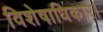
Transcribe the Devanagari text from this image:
विशेषाधिकार।